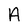
Character: A